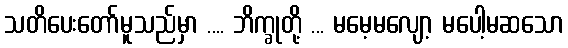
သတိပေးတော်မူသည်မှာ .... ဘိက္ခုတို့ ... မမေ့မလျော့ မပေါ့မဆသော